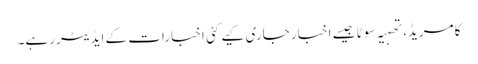
کامریڈ، تھہیہ سوٹا جیسے اخبار جاری کیے کئی اخبارات کے ایڈیٹر رہے۔